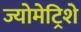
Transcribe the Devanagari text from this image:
ज्योमेट्रिशे